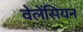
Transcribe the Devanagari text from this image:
वेलेंसियन